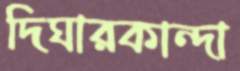
দিঘারকান্দা